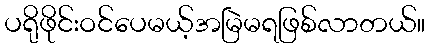
ပရိုဖိုင်းဝင်ပေမယ့်အမြဲမရဖြစ်လာတယ်။